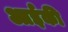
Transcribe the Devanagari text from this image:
आईकी